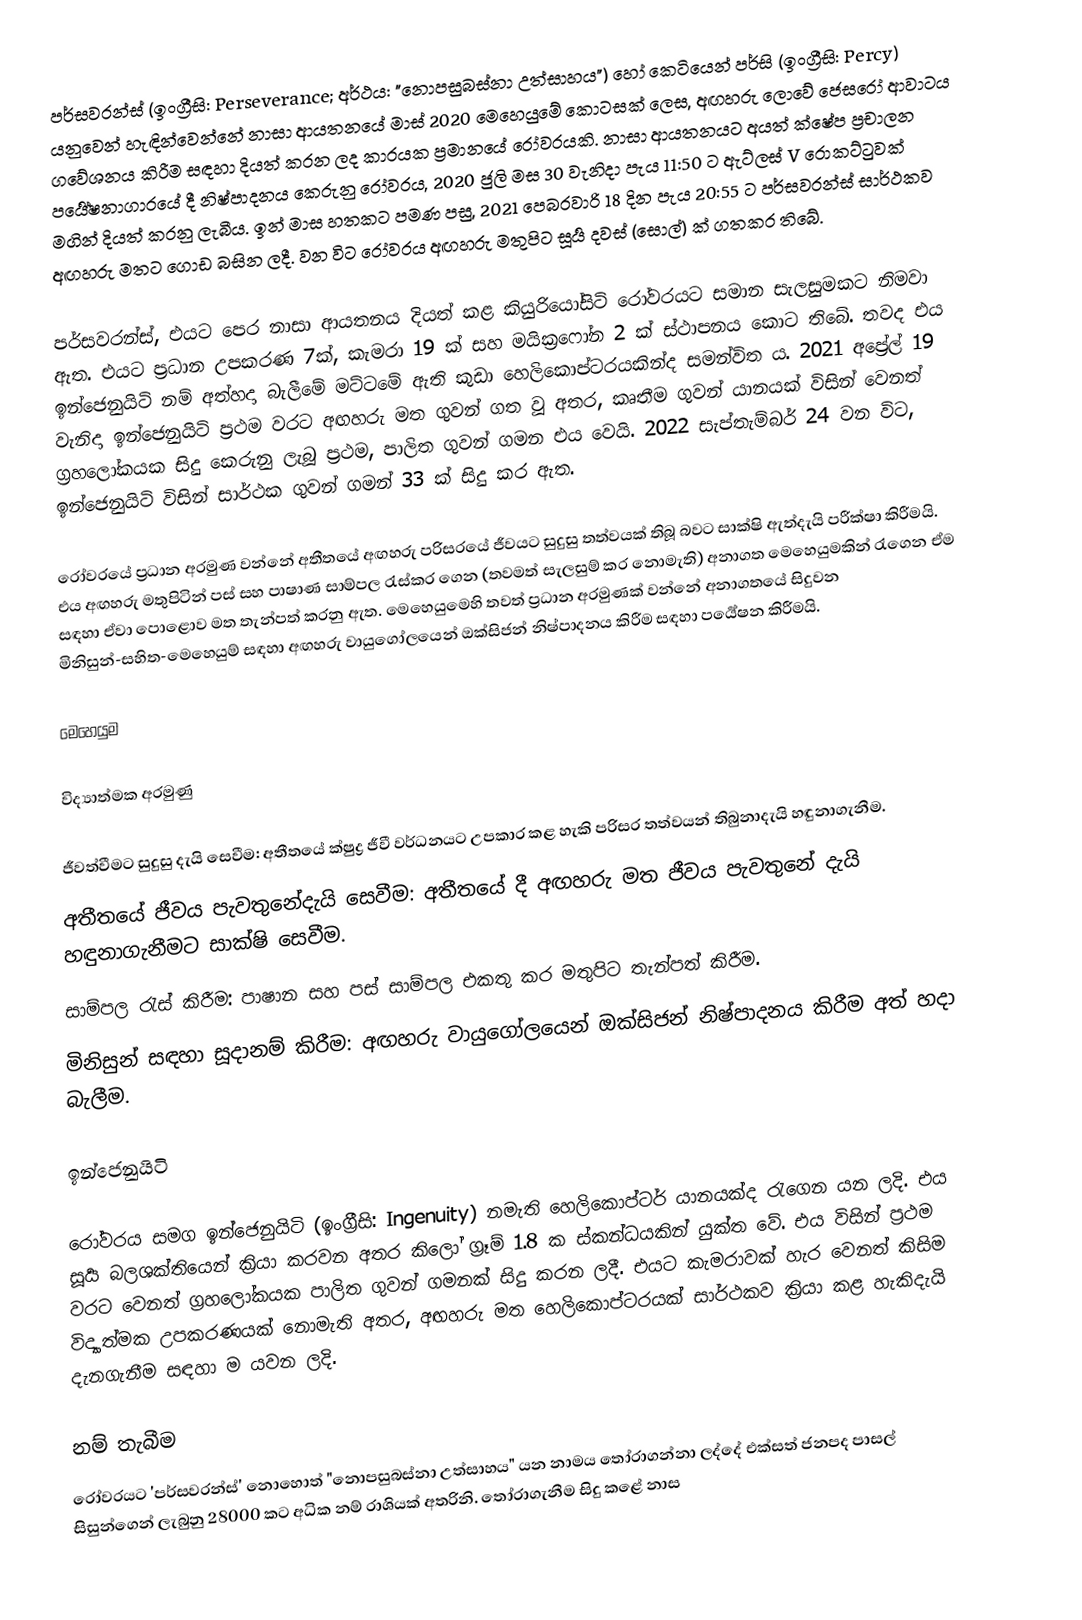
පර්සවරන්ස් (ඉංග්‍රීසි: Perseverance; අර්ථය: "නොපසුබස්නා උත්සාහය") හෝ කෙටියෙන් පර්සි (ඉංග්‍රීසි: Percy) යනුවෙන් හැඳින්වෙන්නේ නාසා ආයතනයේ මාස් 2020 මෙහෙයුමේ කොටසක් ලෙස, අඟහරු ලොවේ ජෙසරෝ ආවාටය ගවේශනය කිරීම සඳහා දියත් කරන ලද කාරයක ප්‍රමානයේ රෝවරයකි. නාසා ආයතනයට අයත් ක්ෂේප ප්‍රචාලන පර්‍යේෂනාගාරයේ දී නිෂ්පාදනය කෙරුනු රෝවරය, 2020 ජුලි මස 30 වැනිදා පැය 11:50 ට ඇට්ලස් V රොකට්ටුවක් මගින් දියත් කරනු ලැබීය. ඉන් මාස හතකට පමණ පසු, 2021 පෙබරවාරි 18 දින පැය 20:55 ට පර්සවරන්ස් සාර්ථකව අඟහරු මතට ගොඩ බසින ලදී.  වන විට රෝවරය අඟහරු මතුපිට සූර්‍ය දවස් (සොල්)  ක් ගතකර තිබේ.

පර්සවරන්ස්, එයට පෙර නාසා ආයතනය දියත් කළ කියුරියෝසිටි රෝවරයට සමාන සැලසුමකට නිමවා ඇත. එයට ප්‍රධාන උපකරණ 7ක්, කැමරා 19 ක් සහ මයික්‍රෆෝන 2 ක් ස්ථාපනය කොට තිබේ. තවද එය ඉන්ජෙනුයිටි නම් අත්හදා බැලීමේ මට්ටමේ ඇති කුඩා හෙලිකොප්ටරයකින්ද සමන්විත ය. 2021 අප්‍රේල් 19 වැනිදා ඉන්ජෙනුයිටි ප්‍රථම වරට අඟහරු මත ගුවන් ගත වූ අතර, කෘතීම ගුවන් යානයක් විසින් වෙනත් ග්‍රහලෝකයක සිදු කෙරුනු ලැබූ ප්‍රථම, පාලිත ගුවන් ගමන එය වෙයි. 2022 සැප්තැම්බර් 24 වන විට, ඉන්ජෙනුයිටි විසින් සාර්ථක ගුවන් ගමන් 33 ක් සිදු කර ඇත.

රෝවරයේ ප්‍රධාන අරමුණ වන්නේ අතීතයේ අඟහරු පරිසරයේ ජීවයට සුදුසු තත්වයක් තිබූ බවට සාක්ෂි ඇත්දැයි පරීක්ෂා කිරීමයි. එය අඟහරු මතුපිටින් පස් සහ පාෂාණ සාම්පල රැස්කර ගෙන (තවමත් සැලසුම් කර නොමැති) අනාගත මෙහෙයුමකින් රැගෙන ඒම සඳහා ඒවා පොළොව මත තැන්පත් කරනු ඇත. මෙහෙයුමෙහි තවත් ප්‍රධාන අරමුණක් වන්නේ අනාගතයේ සිදුවන මිනිසුන්-සහිත-මෙහෙයුම් සඳහා අඟහරු වායුගෝලයෙන් ඔක්සිජන් නිෂ්පාදනය කිරීම සඳහා පර්‍යේෂන කිරීමයි.

මෙහෙයුම

විද්‍යාත්මක අරමුණු

 ජීවත්වීමට සුදුසු දැයි සෙවීම: අතීතයේ ක්ෂුද්‍ර ජීවී වර්ධනයට උපකාර කළ හැකි පරිසර තත්වයන් තිබුනාදැයි හඳුනාගැනීම.
 අතීතයේ ජීවය පැවතුනේදැයි සෙවීම: අතීතයේ දී අඟහරු මත ජීවය පැවතුනේ දැයි හඳුනාගැනීමට සාක්ෂි සෙවීම.
 සාම්පල රැස් කිරීම: පාෂාන සහ පස් සාම්පල එකතු කර මතුපිට තැන්පත් කිරීම.
 මිනිසුන් සඳහා සූදානම් කිරීම: අඟහරු වායුගෝලයෙන් ඔක්සිජන් නිෂ්පාදනය කිරීම අත් හදා බැලීම.

ඉන්ජෙනුයිටි

රෝවරය සමග ඉන්ජෙනුයිටි (ඉංග්‍රීසි: Ingenuity) නමැති හෙලිකොප්ටර් යානයක්ද රැගෙන යන ලදි. එය සූර්‍ය බලශක්තියෙන් ක්‍රියා කරවන අතර කිලෝ ග්‍රෑම් 1.8 ක ස්කන්ධයකින් යුක්ත වේ. එය විසින් ප්‍රථම වරට වෙනත් ග්‍රහලෝකයක පාලිත ගුවන් ගමනක් සිදු කරන ලදී. එයට කැමරාවක් හැර වෙනත් කිසිම විද්‍යාත්මක උපකරණයක් නොමැති අතර, අඟහරු මත හෙලිකොප්ටරයක් සාර්ථකව ක්‍රියා කළ හැකිදැයි දැනගැනීම සඳහා ම යවන ලදි.

නම් තැබීම
රෝවරයට 'පර්සවරන්ස්' නොහොත් "නොපසුබස්නා උත්සාහය" යන නාමය තෝරාගන්නා ලද්දේ එක්සත් ජනපද පාසල් සිසුන්ගෙන් ලැබුනු 28000 කට අධික නම් රාශියක් අතරිනි. තෝරාගැනීම සිදු කළේ නාස